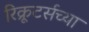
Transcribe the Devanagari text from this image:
रिक्रूटर्सच्या